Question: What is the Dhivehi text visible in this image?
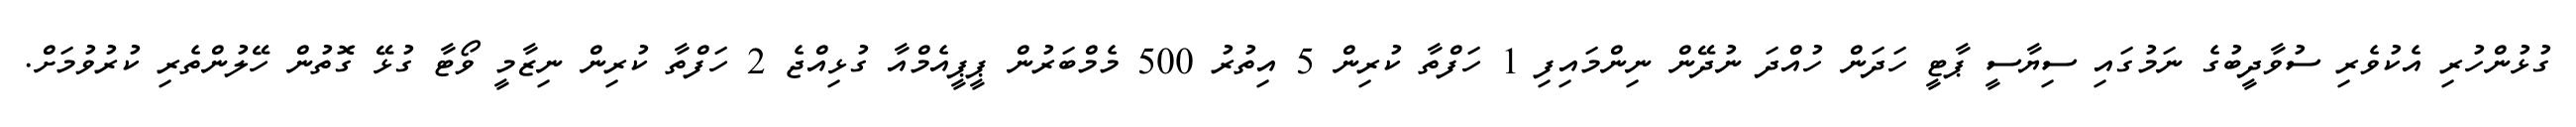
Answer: ގުޅުންހުރި އެކުވެރި ސުވާދީބުގެ ނަމުގައި ސިޔާސީ ޕާޓީ ހަދަން ހުއްދަ ނުދޭން ނިންމައިފި 1 ހަފްތާ ކުރިން 5 އިތުރު 500 މެމްބަރުން ޕީޕީއެމްއާ ގުޅިއްޖެ 2 ހަފްތާ ކުރިން ނިޒާމީ ވޯޓާ ގުޅޭ ގޮތުން ހޭލުންތެރި ކުރުވުމަށް.